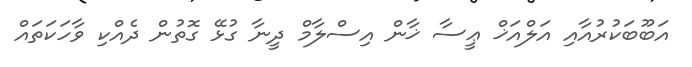
އަބޫބަކުރުއާއި އަލްއަޚް ޢީސާ ޚާން އިސްލާމް ދީނާ ގުޅޭ ގޮތުން ދެއްކި ވާހަކަތައް